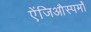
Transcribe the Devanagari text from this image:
ऐंजिऔस्पर्मों